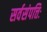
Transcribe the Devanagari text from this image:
सर्वसंपत्तिः